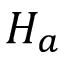
H _ { a }